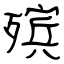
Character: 殡